Lunatic asylums Bombay report 1891-1903 - 1891-1903
Year: 1891
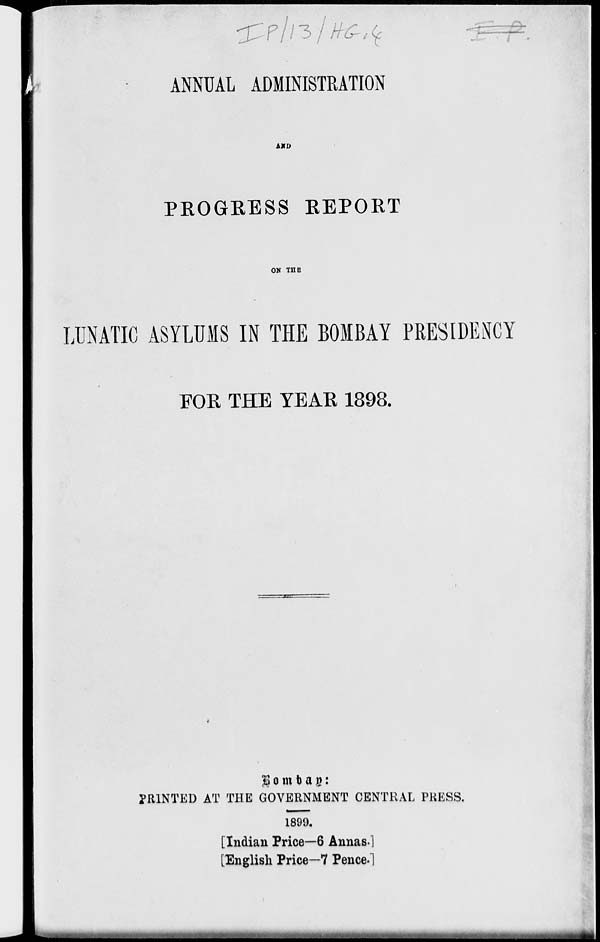
ANNUAL ADMINISTRATION
AND
PROGRESS REPORT
ON THE
LUNATIC ASYLUMS IN THE BOMBAY PRESIDENCY
FOR THE YEAR 1898.
Bombay:
PRINTED AT THE GOVERNMENT CENTRAL PRESS.
1899.
[Indian Price—6 Annas.]
[English Price—7 Pence.]